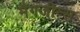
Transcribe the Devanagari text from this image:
मैगजीन्स